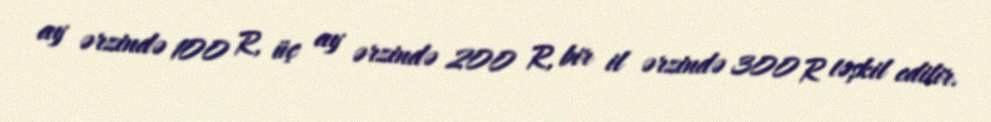
ay ərzində 100 R, üç ay ərzində 200 R, bir il ərzində 300 R təşkil edilir.